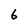
Character: 6